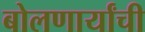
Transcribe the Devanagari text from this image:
बोलणार्यांची